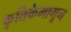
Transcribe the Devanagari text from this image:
कृत्तिकेमागून